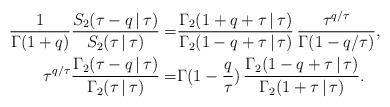
LaTeX: \begin{align*}\frac{1}{\Gamma(1+q)} \frac{S_2(\tau-q\,|\,\tau)}{S_2(\tau\,|\,\tau)} = & \frac{\Gamma_2(1+q+\tau\,|\,\tau)}{\Gamma_2(1-q+\tau\,|\,\tau)} \,\frac{\tau^{q/\tau}}{\Gamma(1-q/\tau)}, \\\tau^{q/\tau} \frac{\Gamma_2(\tau-q\,|\,\tau)}{\Gamma_2(\tau\,|\,\tau)} =& \Gamma(1-\frac{q}{\tau})\,\frac{\Gamma_2(1-q+\tau\,|\,\tau)}{\Gamma_2(1+\tau\,|\,\tau)}.\end{align*}